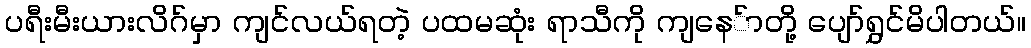
ပရီးမီးယားလိဂ်မှာ ကျင်လယ်ရတဲ့ ပထမဆုံး ရာသီကို ကျနေ်ာတို့ ပျော်ရွှင်မိပါတယ်။